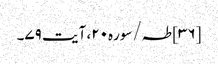
[۳۶] طہ/سوره۲۰، آیت ۷۹۔